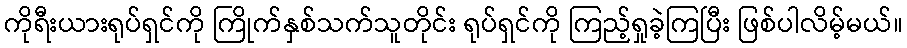
ကိုရီးယားရုပ်ရှင်ကို ကြိုက်နှစ်သက်သူတိုင်း ရုပ်ရှင်ကို ကြည့်ရှုခဲ့ကြပြီး ဖြစ်ပါလိမ့်မယ်။